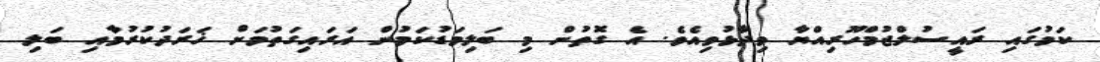
ކަމުގައި ރައީސުލްޖުމްހޫރިއްޔާ ވިދާޅުވިއެވެ. އެ ގޮތުން މި ބަލިމަޑުކަމުން އަރައިގަތުމަށް ޚަރަދުކުރުމާއި ބަލި